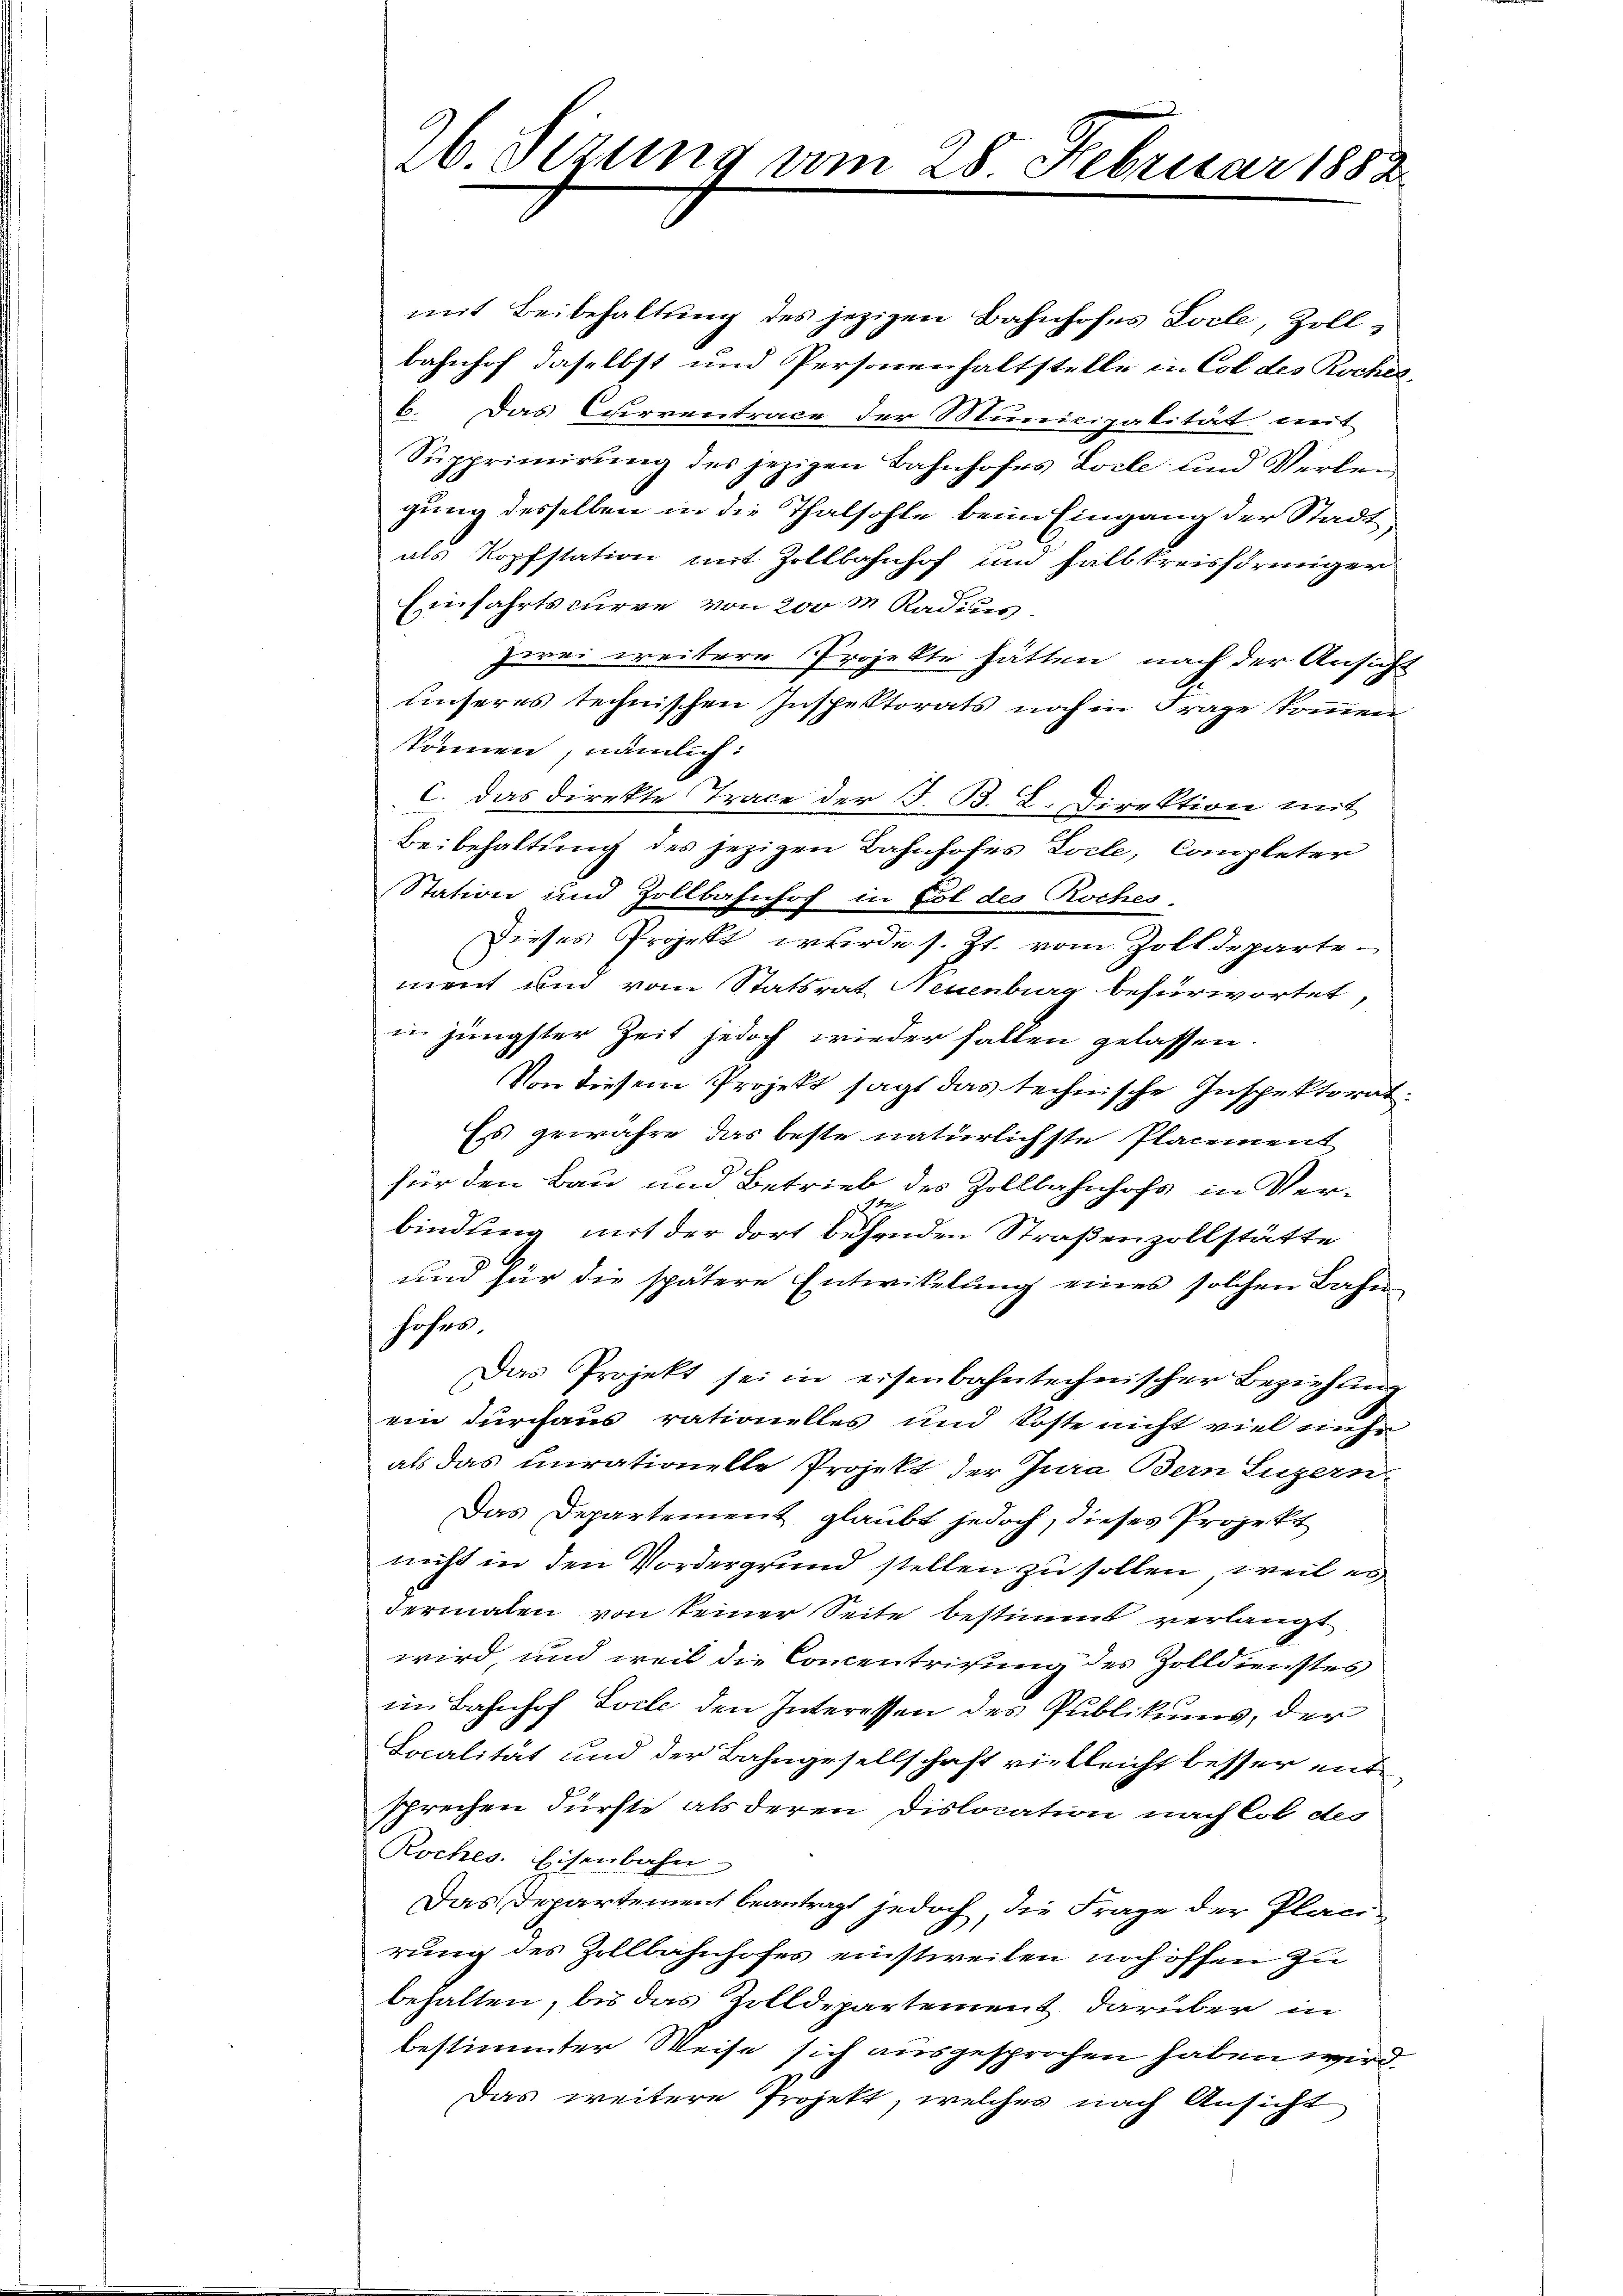
26. Sizung vom 28. Februar 1883.

mit Beibehaltung des jezigen Bahnhofes Locle, Zoll-
bahnhof daselbst und Personenhaltstelle in Col des Roches,
6. Das Currentrace der Municipalität mit
Sŭpprimierŭng des jezigen Bahnhofes Loche und Verlen
gung desselben in die Thalhohle beim Eingang der Stadt
als Kopfstation mit Zollbahnhof und fall kreisstriniger
Einfahrtskurve von 200 m Radius.
zwei weitere Projekte hätten, nach der Ansicht
unseres technischen Inspektorats noch in Frage kommen.
können, nämlich:
C. Das Direkte Trace der J. B. L. Direktion mit
Beibehaltung des jezigen Bahnhofes Loche, Completer
Station und Zollbahnhof in Fol des Roches,
Dieses Projekt wurde s. Zt. vom Zolldepartement und vom Statsrat Neuenburg befürwortet,
in jüngster Zeit jedoch wieder fallen gelassen.
Von diesem Projekt sagt das technische Inspektorat:
Es gewähre das beste natürlichste Placement
für den Bau und Betrieb des Zollbahnhofs in Ver¬
2
.
bindung mit der dort behenden Straßenzollstätte
und für die spätere Entwikelung eines solchen Bahn
höhen.
Das Projekt sei in eisenbahntechnischer Beziehung
ein durchaus rationelles und Koste nicht viel mehr
als das curationelle Projekt der Jura Bern Luzern
Das Departement glaubt jedoch, dieses Projekt
nicht in den Vordergrund stellen zu sollen, weil es
dermalen von keiner Seite bestimmt verlangt
wird und weil die Concentrirung des Zolldienstes
im Bahnhof Loche den Interessen des Publikums, der
Localität und der Bahngesellschaft vielleicht besser entsprechen dürfte als deren Dislocation nach Col des
Roches. Eisenbahn
Das Departement beantragt jedoch, die Frage der Planirung des Zollbahnhofes einstweilen noch öffen zu
behalten, bis das Zolldepartement darüber in
bestimmter Weise sich ausgesprochen haben wird.
Das weitere Projekt, welches nach Ansicht